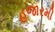
હજારમી